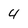
Character: 4